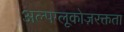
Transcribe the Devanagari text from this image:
अल्पग्लूकोज़रक्तता